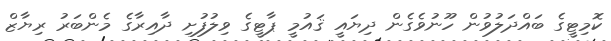
ކޮމިޓީގެ ބައްދަލުވުން ހޫނުވެގެން ދިޔައީ ޤައުމީ ޕާޓީގެ ވިލުފުށި ދާއިރާގެ މެންބަރު ރިޔާޒް